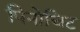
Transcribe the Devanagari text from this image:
पिनोचिट